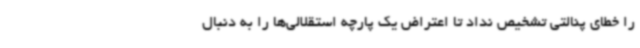
را خطای پنالتی تشخیص نداد تا اعتراض یک پارچه استقلالی‌ها را به دنبال